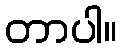
တာပါ။